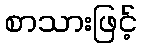
စာသားဖြင့်